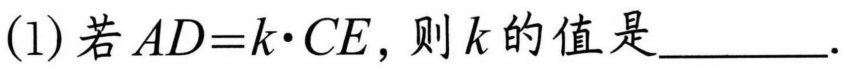
(1) 若 \(AD = k\cdot CE\)，则 \(k\) 的值是  ．